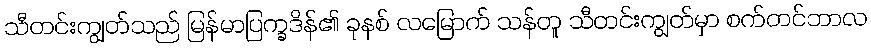
သီတင်းကျွတ်သည် မြန်မာပြက္ခဒိန်၏ ခုနစ် လမြောက် သန်တူ သီတင်းကျွတ်မှာ စက်တင်ဘာလ